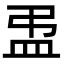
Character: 盄